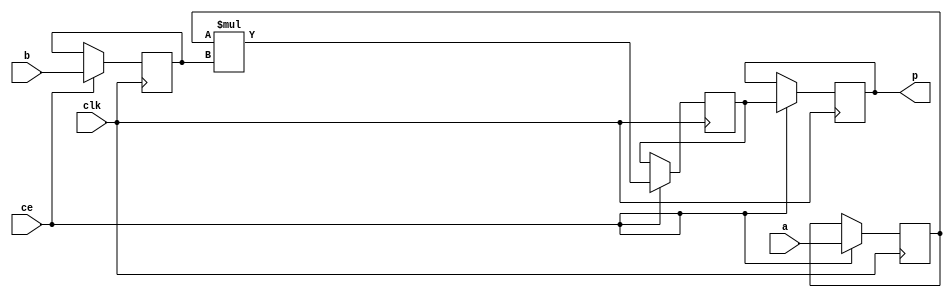
module nfa_accept_samples_generic_hw_mul_8ns_6ns_14_4_MulnS_1(clk, ce, a, b, p);
input clk;
input ce;
input[8 - 1 : 0] a; // synthesis attribute keep a "true"
input[6 - 1 : 0] b; // synthesis attribute keep b "true"
output[14 - 1 : 0] p;
reg[8 - 1 : 0] a_reg;
reg[6 - 1 : 0] b_reg;
wire [14 - 1 : 0] tmp_product;
reg[14 - 1 : 0] buff0;
reg[14 - 1 : 0] buff1;

assign p = buff1;
assign tmp_product = a_reg * b_reg;
always @ (posedge clk) begin
    if (ce) begin
        a_reg <= a;
        b_reg <= b;
        buff0 <= tmp_product;
        buff1 <= buff0;
    end
end
endmodule